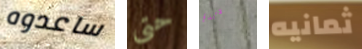
ساعدوه حتى موسيقاك ثمانيه